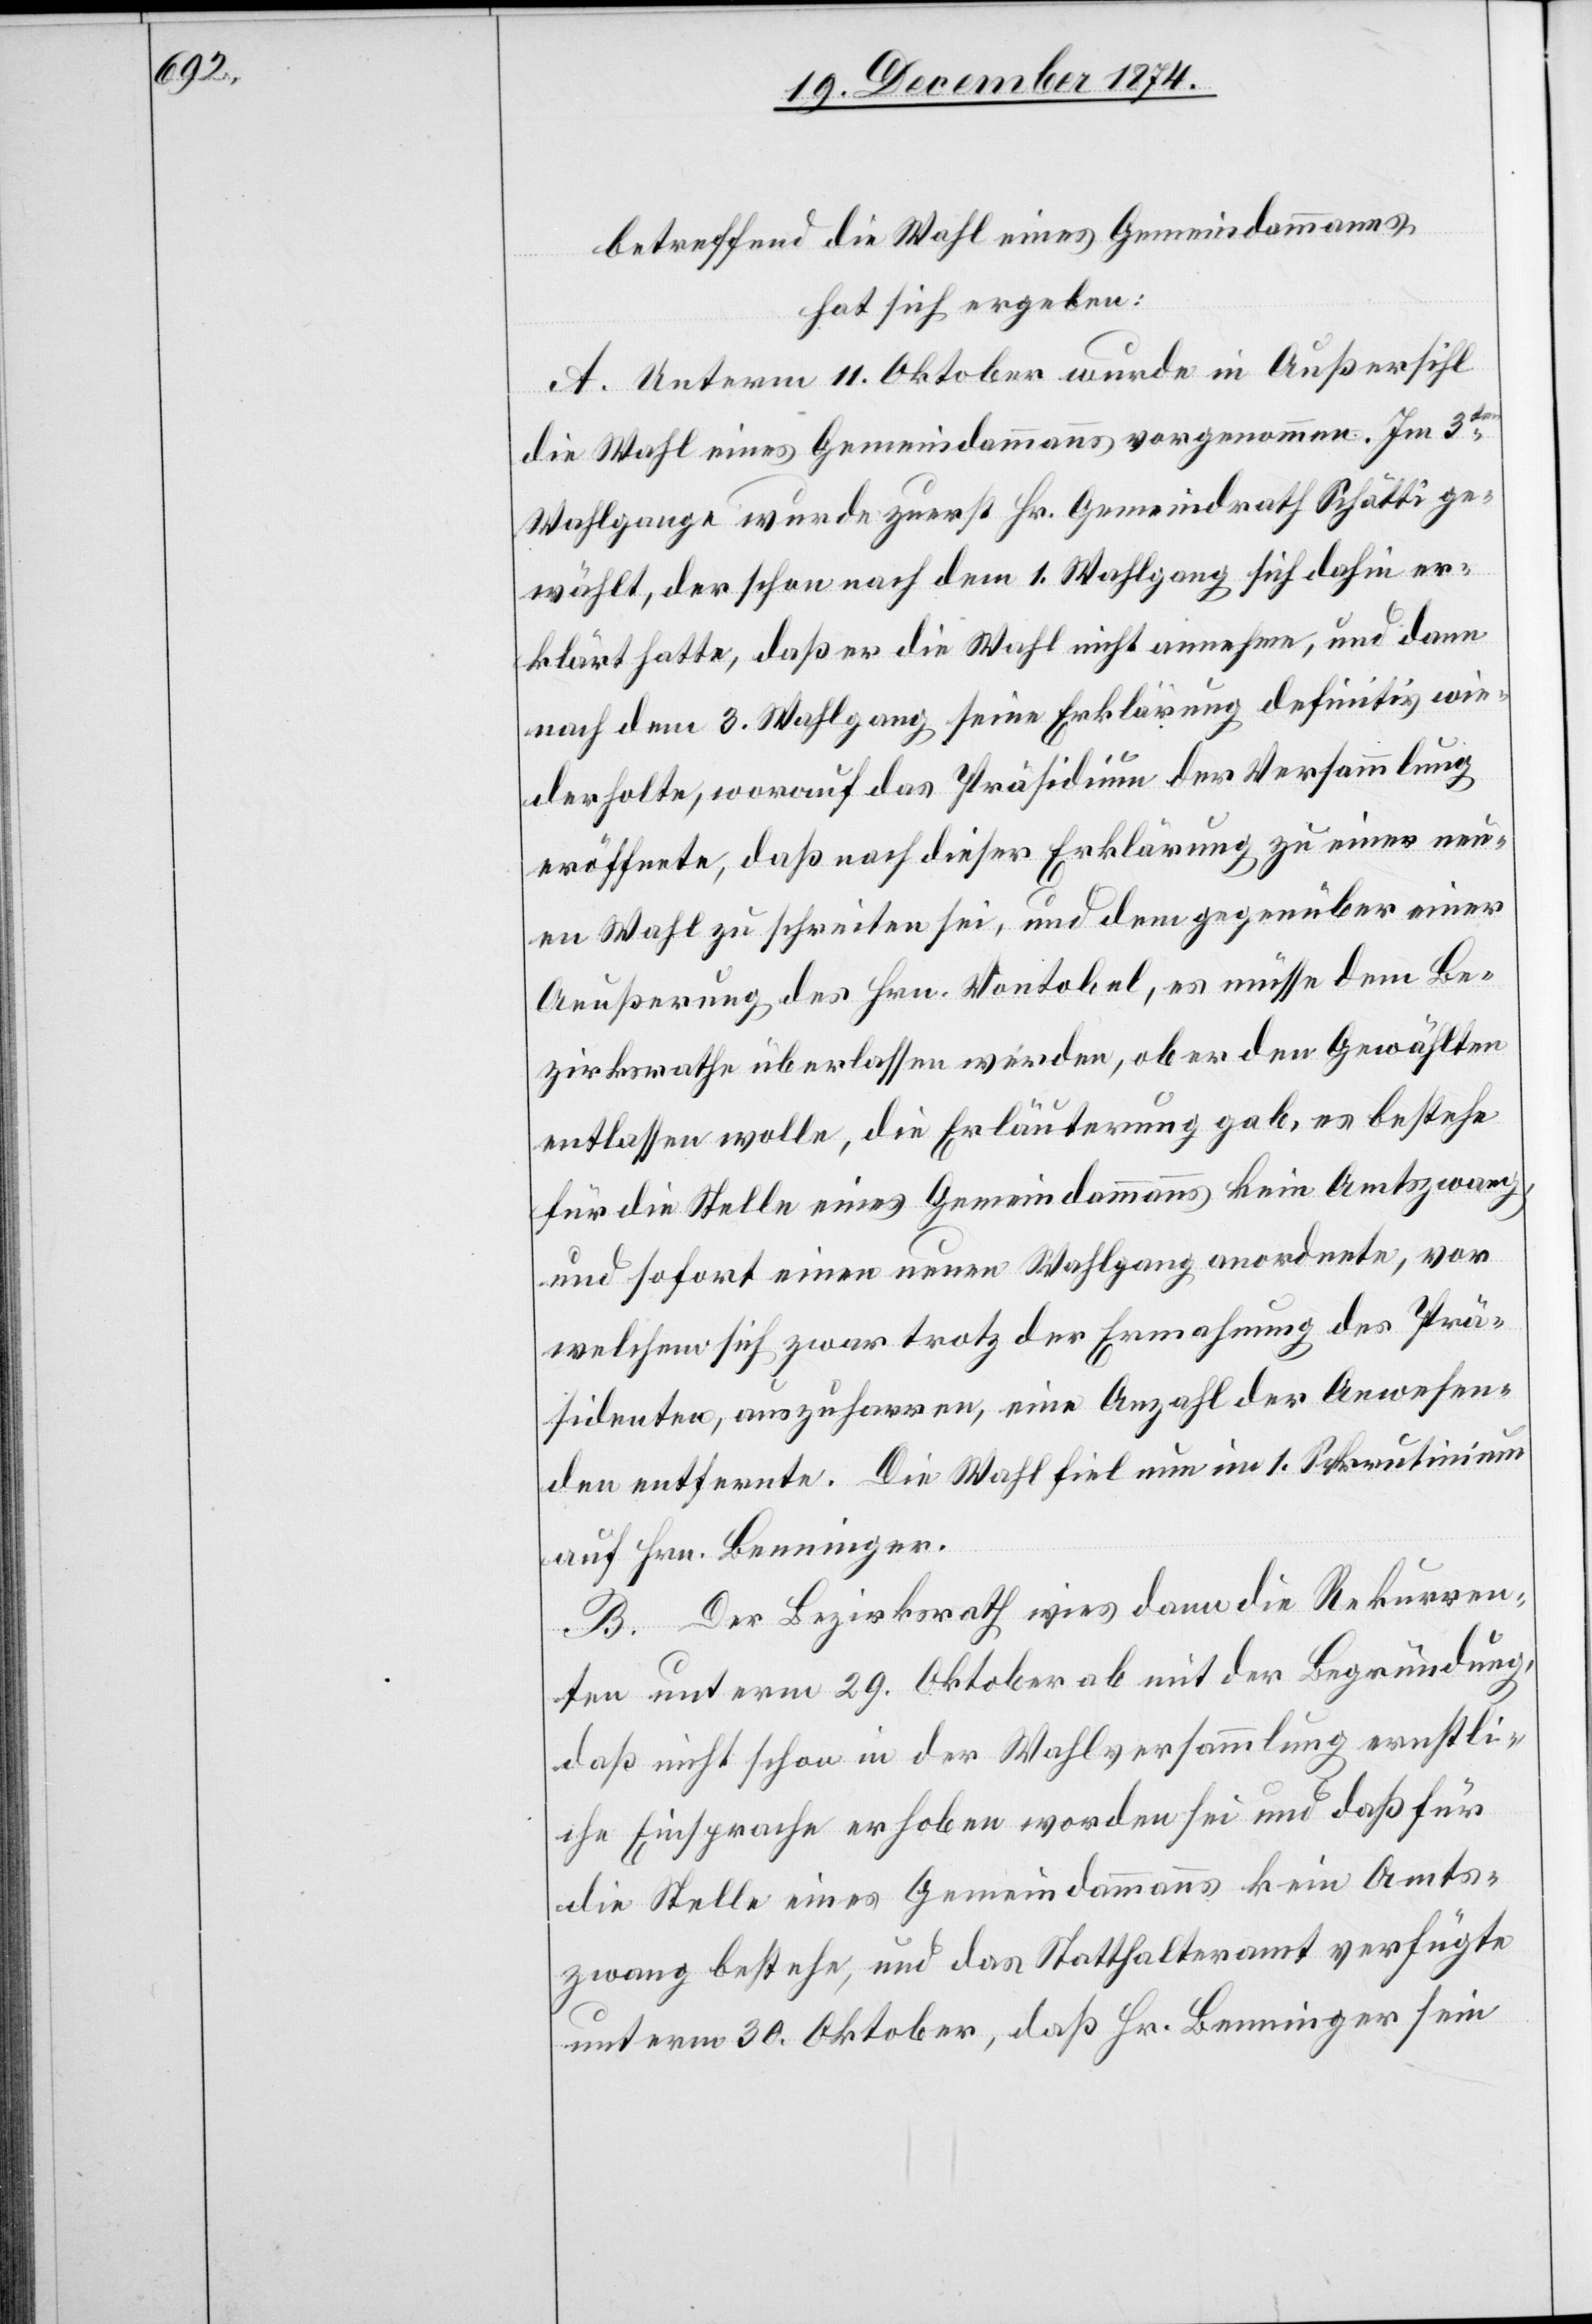
betreffend die Wahl eines Gemeindammanns,
hat sich ergeben:
A. Unterm 11. Oktober wurde in Außersihl
die Wahl eines Gemeindammanns vorgenommen. Im 3ten
Wahlgange wurde zuerst Hr. Gemeindrath Schätti ge¬
wählt, der schon nach dem 1. Wahlgang sich dahin er¬
klärt hatte, daß er die Wahl nicht annehme, und dann
nach dem 3. Wahlgang seine Erklärung definitiv wie¬
derholte, worauf das Präsidium der Versammlung
eröffnete, daß nach dieser Erklärung zu einer neu¬
en Wahl zu schreiten sei, und dem gegenüber einer
Aeußerung des Hrn. Vontobel, es müsse dem Be¬
zirksrathe überlassen werden ober er den Gewählten
entlassen wolle, die Erläuterung gab, es bestehe
für die Stelle eines Gemeindammanns kein Amtszwang,
und sofort einen neuen Wahlgang anordnete, vor
welchem sich zwar trotz der Ermahnung des Prä¬
sidenten, auszuharren, eine Anzahl der Anwesen¬
den entfernte. Die Wahl fiel nun im 1. Skrutinium
auf Hrn. Benninger.
B. Der Bezirksrath wies dann die Rekurren¬
ten unterm 29. Oktober ab mit der Begründung,
daß nicht schon in der Wahlversammlung ernstli¬
che Einsprache erhoben worden sei und daß für
die Stelle eines Gemeindammanns kein Amts¬
zwang bestehe, und das Statthalteramt verfügte
unterm 30. Oktober, daß Hr. Benninger sein